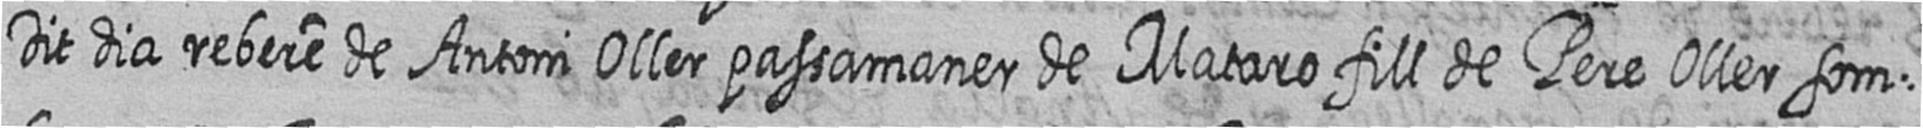
Dit dia rebere de Antoni Oller passamaner de Mataro fill de Pere Oller som=